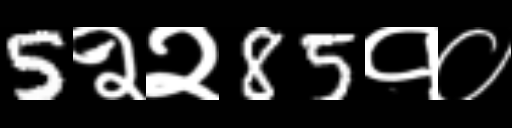
Text: 5२२85१०